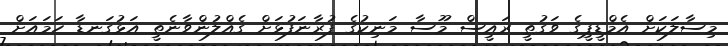
މިސާލަކަށް އެމްޑީޕީގެ ވަގުތީ ރައީސް މޫސާ މަނިކުގެ ފުރާނަފުޅަށް ގެއްލުންވާނެތީ އަޅުގަނޑާ ހަމައަށް